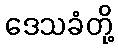
ဒေသခံတို့